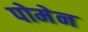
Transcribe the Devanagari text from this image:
पोमेन